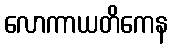
လောကာယတိကေန